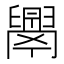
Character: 𦦝